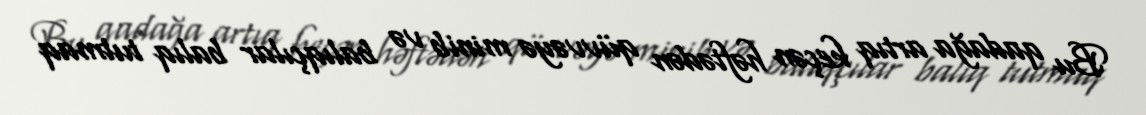
Bu qadağa artıq keçən həftədən qüvvəyə minib və balıqçılar balıq tutmaq